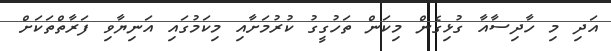
އަދި މި ހާދިސާއާ ގުޅިގެން މިކަން ތަހުގީގު ކުރުމަށާއި މިކަމުގައި އަނިޔާވި ފަރާތްތަކަށް